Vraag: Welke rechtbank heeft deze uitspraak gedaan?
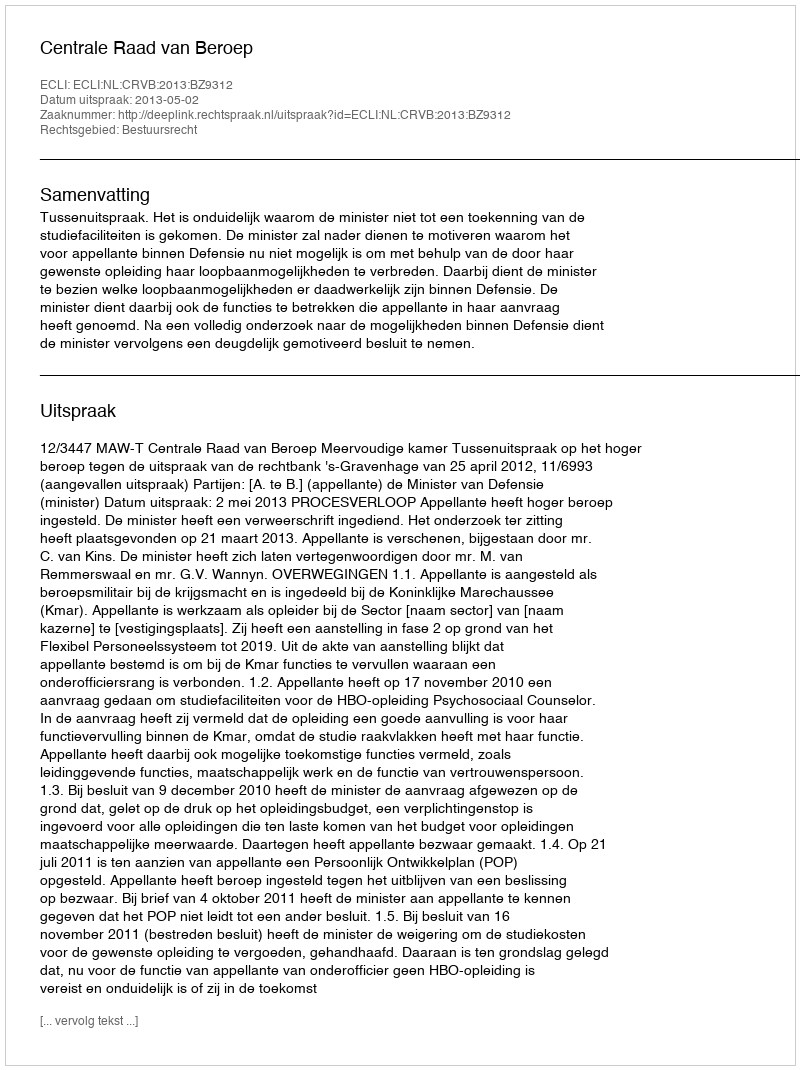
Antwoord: Centrale Raad van Beroep